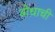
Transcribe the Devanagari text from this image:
बोधाची